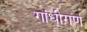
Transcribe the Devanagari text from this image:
गांधीगण